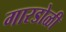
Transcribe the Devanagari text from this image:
गारडोळी